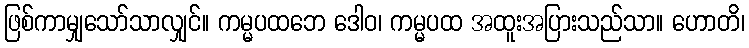
ဖြစ်ကာမျှသော်သာလျှင်။ ကမ္မပထဘေ ဒေါဝ၊ ကမ္မပထ အထူးအပြားသည်သာ။ ဟောတိ၊